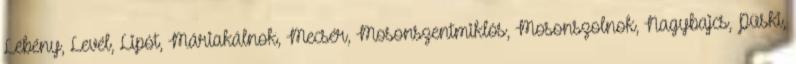
Lébény, Levél, Lipót, Máriakálnok, Mecsér, Mosonszentmiklós, Mosonszolnok, Nagybajcs, Püski,